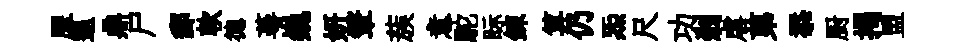
犀退鼎尸郵軟德蕚巍妍鞶蔟意駝眎鍊算仍炁尺功剎虐苐忝厨揭盟